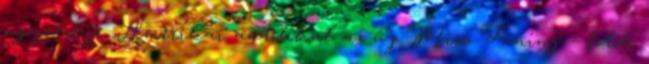
ügyvédje. Amerikai autókkal az új Miss Tuning – fotók